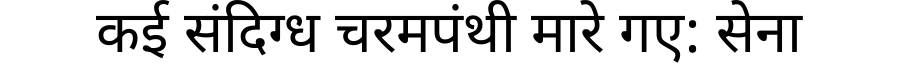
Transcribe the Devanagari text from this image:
कई संदिग्ध चरमपंथी मारे गए: सेना